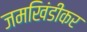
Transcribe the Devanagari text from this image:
जमखिंडीकर